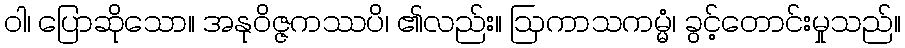
ဝါ၊ ပြောဆိုသော။ အနုဝိဇ္ဇကဿပိ၊ ၏လည်း။ ဩကာသကမ္မံ၊ ခွင့်တောင်းမှုသည်။